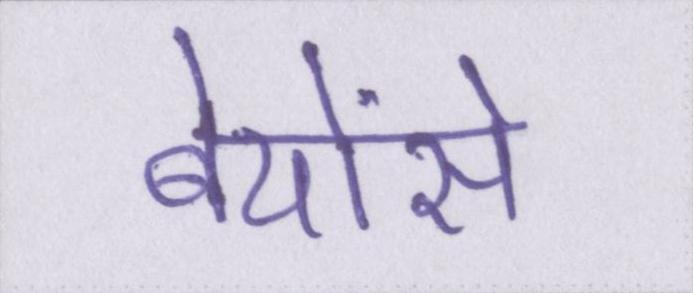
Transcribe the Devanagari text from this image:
बेयोंसे